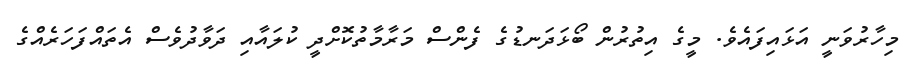
މިހާރުވަނީ އަޅައިފައެވެ. މީގެ އިތުރުން ބޯޅަދަނޑުގެ ފެންސް މަރާމާތުކޮށްދީ ކުލައާއި ދަވާދުވެސް އެތައްފަހަރެއްގެ